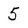
Character: 5